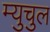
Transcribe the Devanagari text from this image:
म्युचुल